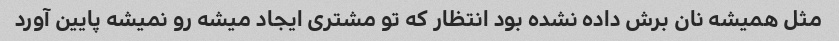
مثل همیشه نان برش داده نشده بود انتظار که تو مشتری ایجاد میشه رو نمیشه پایین آورد